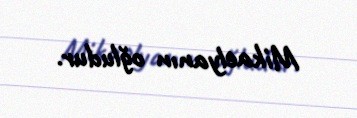
Mikaelyanın oğludur.